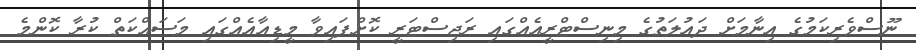
ނޫސްވެރިކަމުގެ އިނާމަށް ދައުލަތުގެ މިނިސްޓްރީއެއްގައި ރަޖިސްޓަރީ ކޮށްފައިވާ މީޑިއާއެއްގައި މަސައްކަތް ކުރާ ކޮންމެ